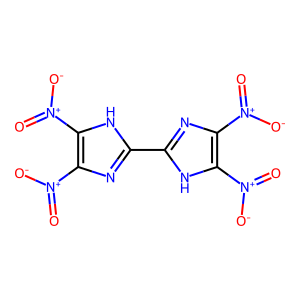
SMILES: O=[N+]([O-])c1nc(-c2nc([N+](=O)[O-])c([N+](=O)[O-])[nH]2)[nH]c1[N+](=O)[O-]
Inhibits HIV replication: No